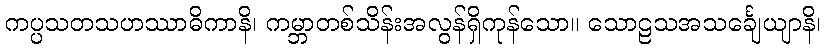
ကပ္ပသတသဟဿာဓိကာနိ၊ ကမ္ဘာတစ်သိန်းအလွန်ရှိကုန်သော။ သောဠသအသင်္ချေယျာနိ၊